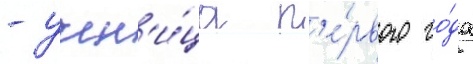
- учен'и́ца п'е́рвого го́да